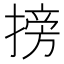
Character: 搒